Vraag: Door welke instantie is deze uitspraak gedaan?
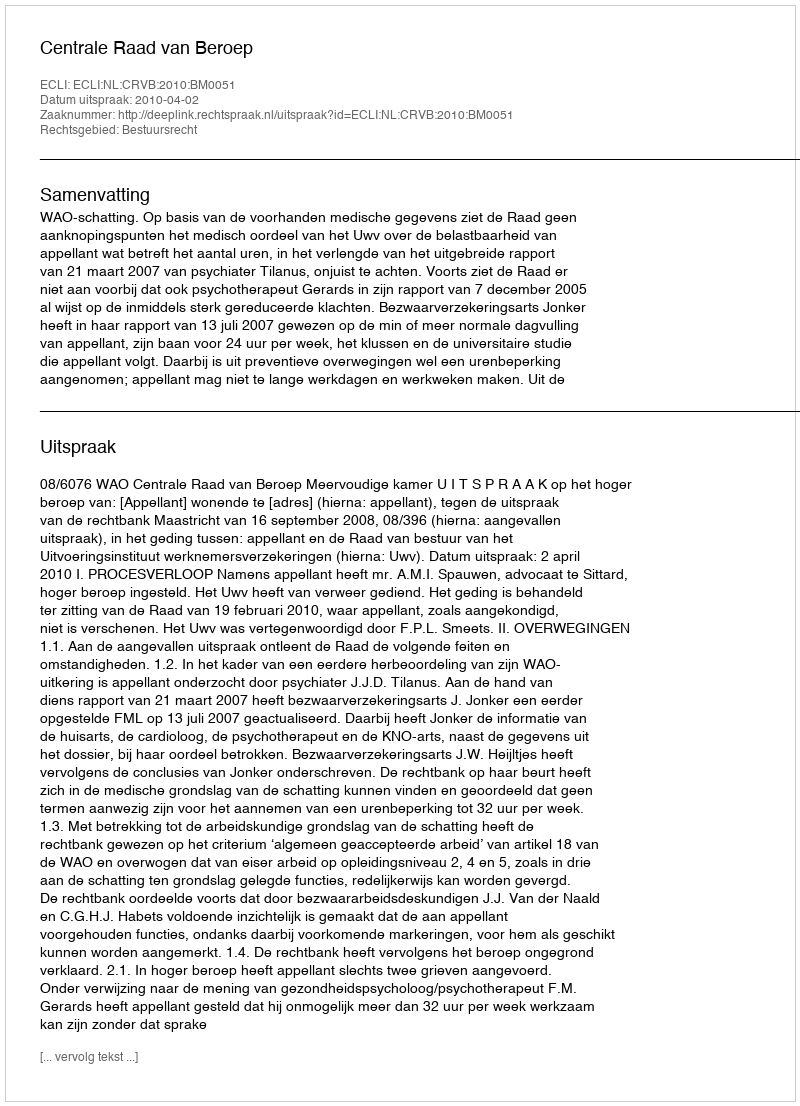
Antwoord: Centrale Raad van Beroep